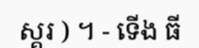
ស្គរ ) ។ - ទើង ធី